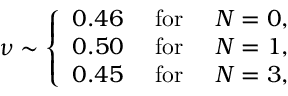
\nu \sim \left\{ \begin{array} { c c c } { { 0 . 4 6 } } & { { \mathrm { ~ f o r ~ } } } & { { N = 0 , } } \\ { { 0 . 5 0 } } & { { \mathrm { ~ f o r ~ } } } & { { N = 1 , } } \\ { { 0 . 4 5 } } & { { \mathrm { ~ f o r ~ } } } & { { N = 3 , } } \end{array} \right.